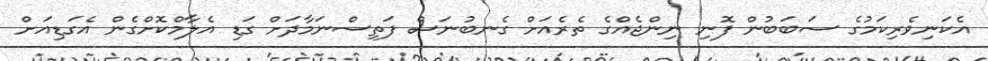
އެކަނިވެރިކަމުގެ ސަބަބުން ފޮނި ނިންޖެއްގެ ތެރެއަށް ގެނބުނަސް ފަތިސްނަމާދަށް ގަޑި އެލާމްކޮށްގެން އެގަޑިއަށް